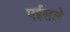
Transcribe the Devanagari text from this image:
एईसले